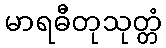
မာရဓီတုသုတ္တံ